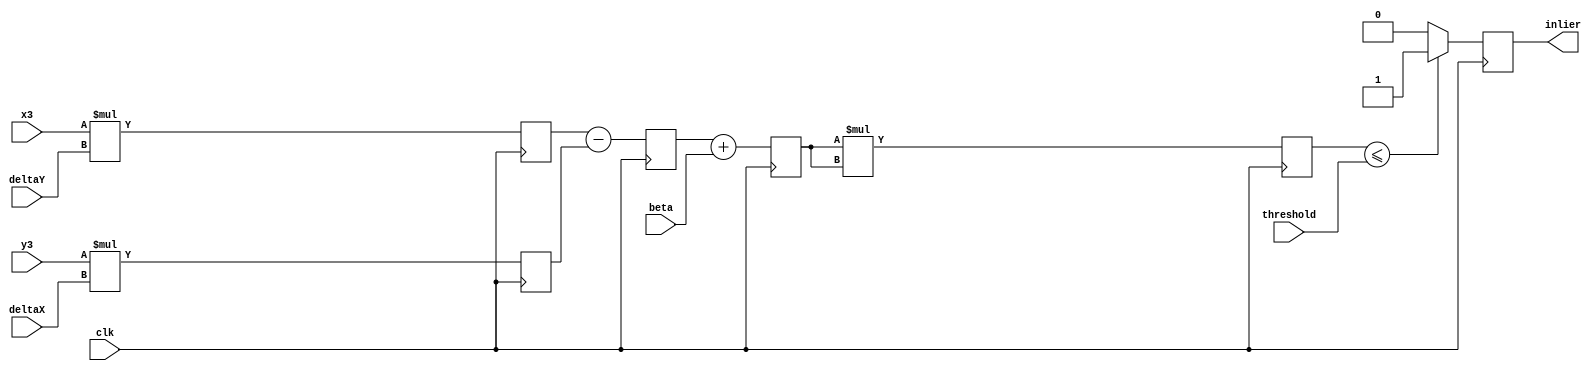
module inlier_checker(clk, x3, y3, deltaX, deltaY, beta, threshold, inlier);
	
	input wire clk;
	input wire signed [8:0] x3;
   input wire signed [8:0] y3;
   input wire signed [8:0] deltaX;
   input wire signed [8:0] deltaY;
	input wire signed [16:0] beta;
	input wire signed [31:0] threshold;
   output reg inlier;
	
   reg signed [17:0] mul1;
	reg signed [17:0] mul2;
	reg signed [18:0] sub1;
	reg signed [19:0] sum1;
	reg signed [39:0] sqr1;

	always @(negedge clk)
		begin
		mul1 <= x3 * deltaY;
		mul2 <= y3 * deltaX;
		sub1 <= mul1 - mul2;
		sum1 <= sub1 + beta;
		sqr1 <= sum1 * sum1;
		inlier <= sqr1 <= {8'h00, threshold} ? 1'b1 : 1'b0;
		end
	  
endmodule